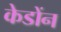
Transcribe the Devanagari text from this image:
केडोंन